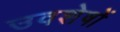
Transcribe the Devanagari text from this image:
उवशेषों